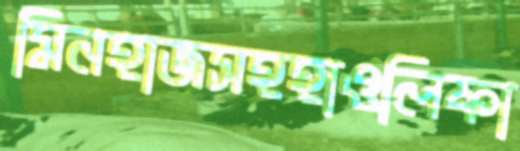
মিনহাজসহহাওলিফা